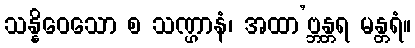
သန္နိဝေသော စ သဏ္ဌာနံ၊ အထာ’ဗ္ဘန္တရ မန္တရံ။